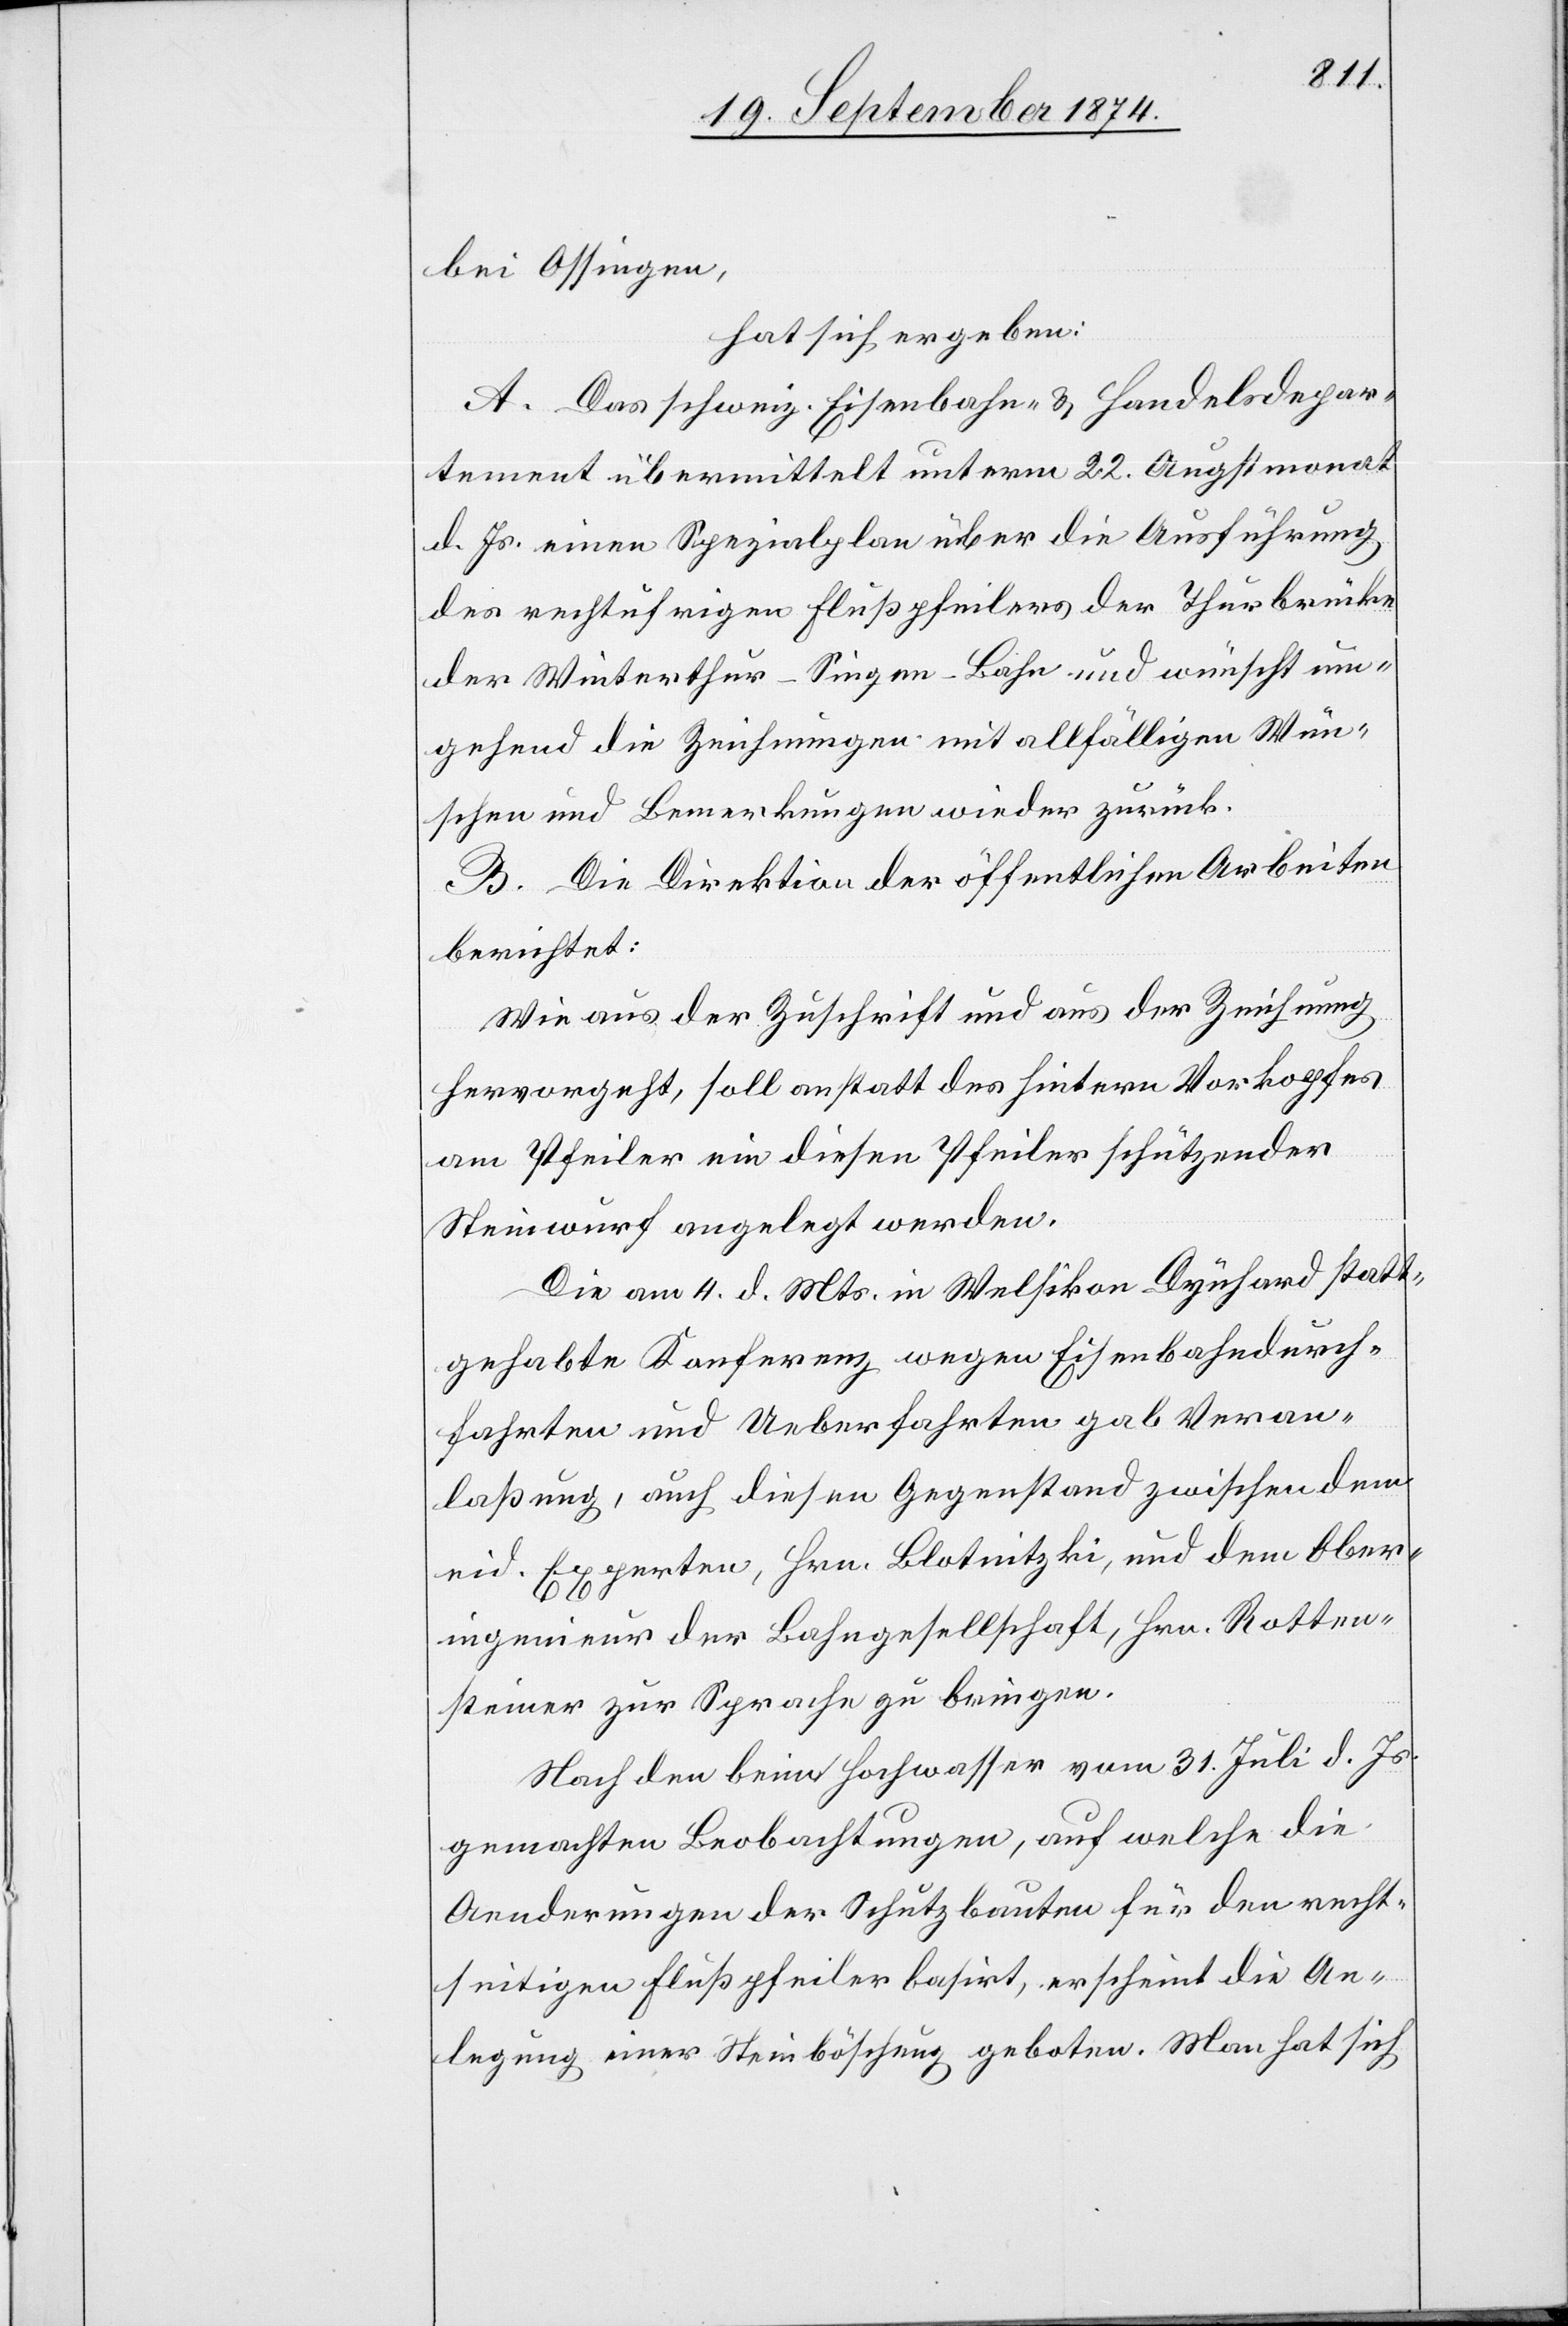
bei Ossingen,
hat sich ergeben:
A. Das schweiz. Eisenbahn- & Handelsdepar¬
tement übermittelt unterm 22. Augstmonat
d. Js. einen Spezialplan über die Ausführung
des rechtufrigen Flußpfeilers der Thurbrücke
der Winterthur–Singen-Bahn und wünscht um¬
gehend die Zeichnungen mit allfälligen Wün¬
schen und Bemerkungen wieder zurück.
B. Die Direktion der öffentlichen Arbeiten
berichtet:
Wie aus der Zuschrift und aus der Zeichnung
hervorgeht, soll anstatt des hinteren Vorkopfes
am Pfeiler ein diesen Pfeiler schützender
Steinwurf angelegt werden.
Die am 4. d. Mts. in Welsikon-Dynhard statt¬
gehabte Konferenz wegen Eisenbahndurch¬
fahrten und Ueberfahrten gab Veran¬
laßung, auch diesen Gegenstand zwischen dem
eid. Experten, Hrn. Blotnitzki, und dem Ober¬
ingenieur der Bahngesellschaft, Hrn. Rotten¬
steiner zur Sprache zu bringen.
Nach den beim Hochwasser vom 31. Juli d. Js.
gemachten Beobachtungen, auf welche die
Aenderungen der Schutzbauten für den recht¬
seitigen Flußpfeiler basirt, erscheint die An¬
legung einer Steinböschung geboten. Man hat sich